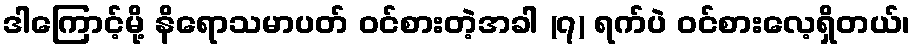
ဒါကြောင့်မို့ နိရောသမာပတ် ဝင်စားတဲ့အခါ (၇) ရက်ပဲ ဝင်စားလေ့ရှိတယ်၊